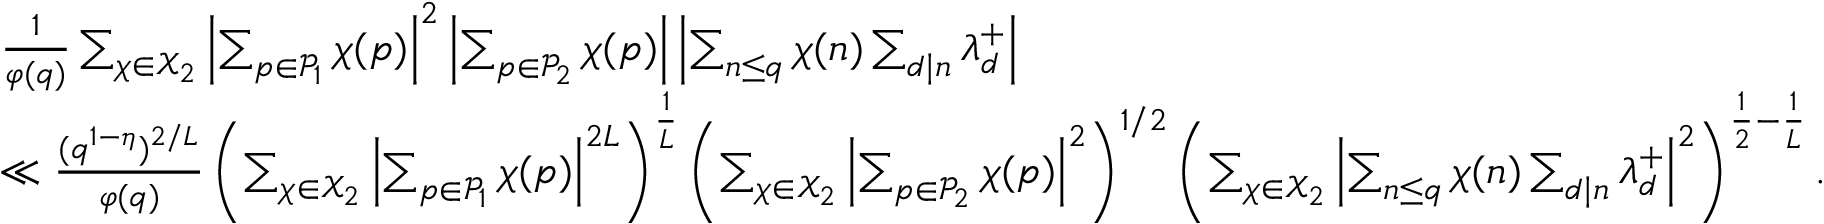
\begin{array} { r l } & { \frac { 1 } { \varphi ( q ) } \sum _ { \substack { \chi \in \mathcal { X } _ { 2 } } } \left| \sum _ { p \in \mathcal { P } _ { 1 } } \chi ( p ) \right| ^ { 2 } \left| \sum _ { p \in \mathcal { P } _ { 2 } } \chi ( p ) \right| \left| \sum _ { n \leq q } \chi ( n ) \sum _ { d \mid n } \lambda _ { d } ^ { + } \right| } \\ & { \ll \frac { ( q ^ { 1 - \eta } ) ^ { 2 / L } } { \varphi ( q ) } \left( \sum _ { \substack { \chi \in \mathcal { X } _ { 2 } } } \left| \sum _ { p \in \mathcal { P } _ { 1 } } \chi ( p ) \right| ^ { 2 L } \right) ^ { \frac { 1 } { L } } \left( \sum _ { \substack { \chi \in \mathcal { X } _ { 2 } } } \left| \sum _ { p \in \mathcal { P } _ { 2 } } \chi ( p ) \right| ^ { 2 } \right) ^ { 1 / 2 } \left( \sum _ { \substack { \chi \in \mathcal { X } _ { 2 } } } \left| \sum _ { n \leq q } \chi ( n ) \sum _ { d \mid n } \lambda _ { d } ^ { + } \right| ^ { 2 } \right) ^ { \frac { 1 } { 2 } - \frac { 1 } { L } } . } \end{array}